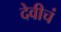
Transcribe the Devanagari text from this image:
देवीचं